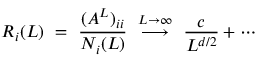
R _ { i } ( L ) ~ = ~ \frac { ( A ^ { L } ) _ { i i } } { N _ { i } ( L ) } ~ \stackrel { L \rightarrow \infty } { \longrightarrow } ~ \frac { c } { L ^ { d / 2 } } + \cdots